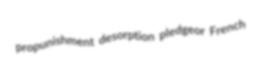
propunishment desorption pledgeor French